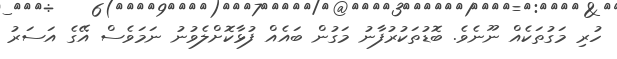
ހުރި މަގުތަކެއް ނޫނެވެ. ބޮޑުތަކުރުފާނު މަގުން ބައެއް ފުޅާކޮށްލެވުނު ނަމަވެސް އޭގެ އަސަރު